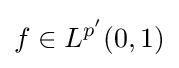
f\in L^{p'}(0,1)